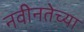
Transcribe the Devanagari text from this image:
नवीनतेच्या